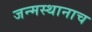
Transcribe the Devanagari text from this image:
जन्मस्थानाच